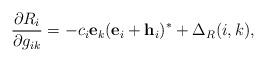
LaTeX: \begin{align*}\frac{\partial R_i}{\partial g_{ik}}= -c_i \mathbf{e}_k(\mathbf{e}_i+\mathbf{h}_i)^*+ \Delta_R(i,k), \end{align*}